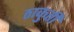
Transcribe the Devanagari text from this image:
ठाकुर्ती